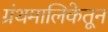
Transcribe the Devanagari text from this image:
ग्रंथमालिकेतून